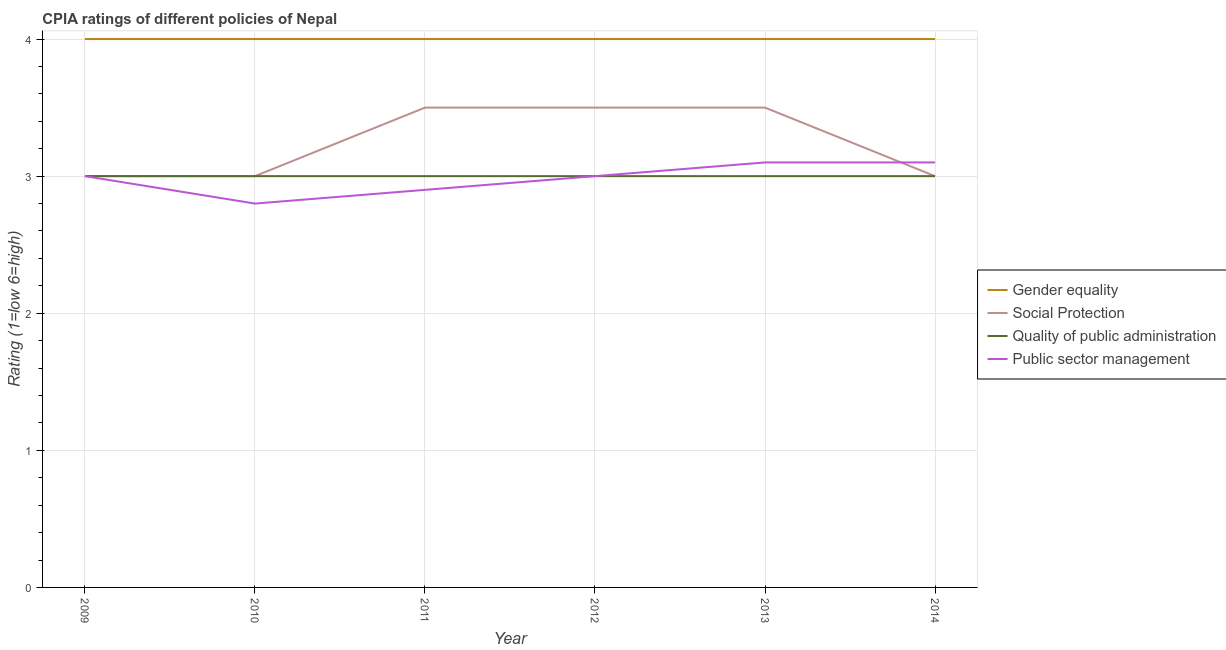
| Year | Gender equality | Social Protection | Quality of public administration | Public sector management |
 | --- | --- | --- | --- | --- |
 | 2009 | 4 | 3 | 3 | 3 |
 | 2010 | 4 | 3 | 3 | 2.8 |
 | 2011 | 4 | 3.5 | 3 | 2.9 |
 | 2012 | 4 | 3.5 | 3 | 3 |
 | 2013 | 4 | 3.5 | 3 | 3.1 |
 | 2014 | 4 | 3 | 3 | 3.1 |